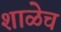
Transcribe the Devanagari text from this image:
शाळेच